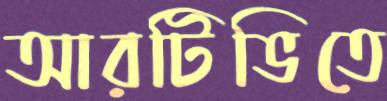
আরটিভিতে